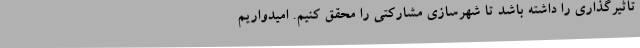
تاثیرگذاری را داشته باشد تا شهرسازی مشارکتی را محقق کنیم. امیدواریم